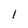
Character: 1